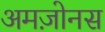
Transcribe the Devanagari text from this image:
अमज़ोनस